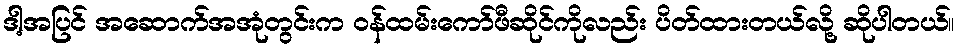
ဒါ့အပြင် အဆောက်အအုံတွင်းက ဝန်ထမ်းကော်ဖီဆိုင်ကိုလည်း ပိတ်ထားတယ်လို့ ဆိုပါတယ်။